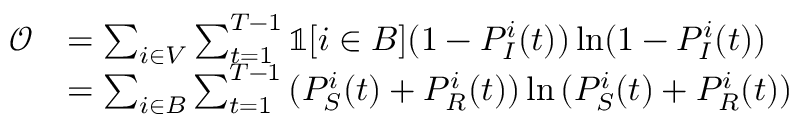
\begin{array} { r l } { \mathcal { O } } & { = \sum _ { i \in V } \sum _ { t = 1 } ^ { T - 1 } \mathbb { 1 } [ i \in B ] ( 1 - P _ { I } ^ { i } ( t ) ) \ln ( 1 - P _ { I } ^ { i } ( t ) ) } \\ & { = \sum _ { i \in B } \sum _ { t = 1 } ^ { T - 1 } { ( P _ { S } ^ { i } ( t ) + P _ { R } ^ { i } ( t ) ) \ln { ( P _ { S } ^ { i } ( t ) + P _ { R } ^ { i } ( t ) ) } } } \end{array}